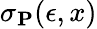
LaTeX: \mathbf{\sigma}_{\mathbf{P}}(\epsilon,x)